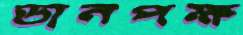
ডানপক্ষ